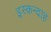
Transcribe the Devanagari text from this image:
इस्कन्दाह